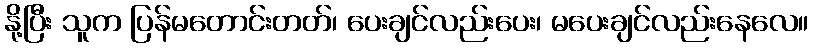
နို့ပြီး သူက ပြန်မတောင်းတတ်၊ ပေးချင်လည်းပေး၊ မပေးချင်လည်းနေလေ။